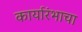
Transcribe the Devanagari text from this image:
कार्यारंभाचा